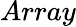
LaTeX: Array